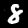
Label: 8